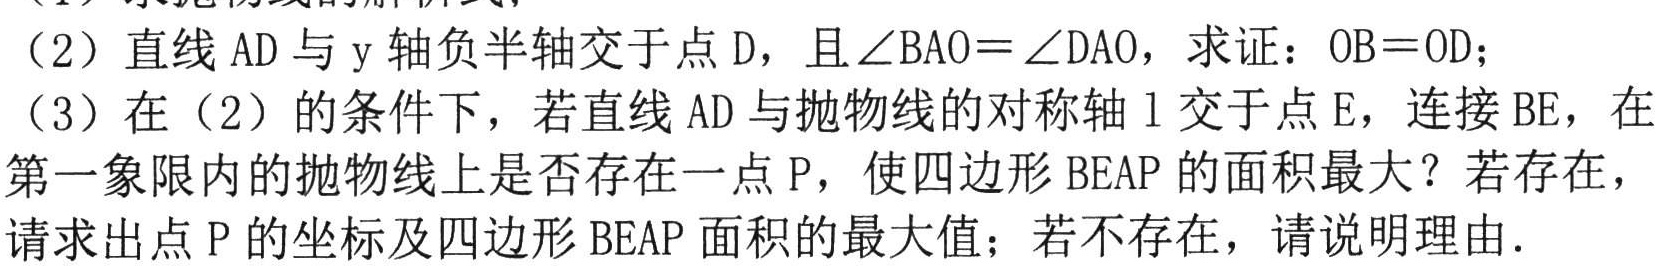
（1）题目中该部分显示不全。
（2）直线 \(AD\) 与 \(y\) 轴负半轴交于点 \(D\)，且 \(\angle BAO = \angle DAO\)，求证：\(OB = OD\)；
（3）在（2）的条件下，若直线 \(AD\) 与抛物线的对称轴 \(l\) 交于点 \(E\)，连接 \(BE\)，在第一象限内的抛物线上是否存在一点 \(P\)，使四边形 \(BEAP\) 的面积最大？若存在，请求出点 \(P\) 的坐标及四边形 \(BEAP\) 面积的最大值；若不存在，请说明理由.